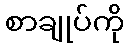
စာချုပ်ကို